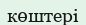
көштері